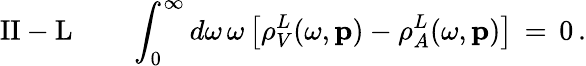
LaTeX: \mathrm{II-L}\, \, \, \, \, \, \, \, \, \, \, \, \int_{0}^{\infty}d\omega\, \omega\left[\rho_{V}^{L}(\omega,{\mathbf p})-\rho_{A}^{L}(\omega,{\mathbf p})\right]\, =\, 0\, .